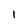
Character: 1